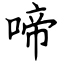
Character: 啼